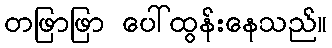
တဖြာဖြာ ပေါ်ထွန်းနေသည်။